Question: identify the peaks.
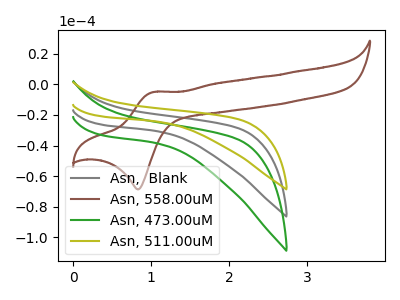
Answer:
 <answer>The gray curve "Asn,  Blank" has no peaks. The brown curve "Asn, 558.00uM" has an anodic peak at (1.05V, -4.90uA) and a cathodic peak at (0.85V, -68.75uA). The green curve "Asn, 473.00uM" has no peaks. The olive curve "Asn, 511.00uM" has no peaks.</answer>
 <eval></eval>